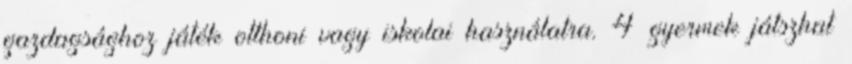
gazdagsághoz játék otthoni vagy iskolai használatra. 4 gyermek játszhat